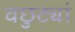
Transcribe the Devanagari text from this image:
वछुट्यां